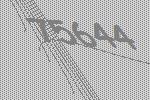
75644